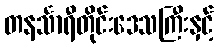
တနင်္သာရီတိုင်းဒေသကြီးနှင့်